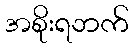
အစိုးရဘက်